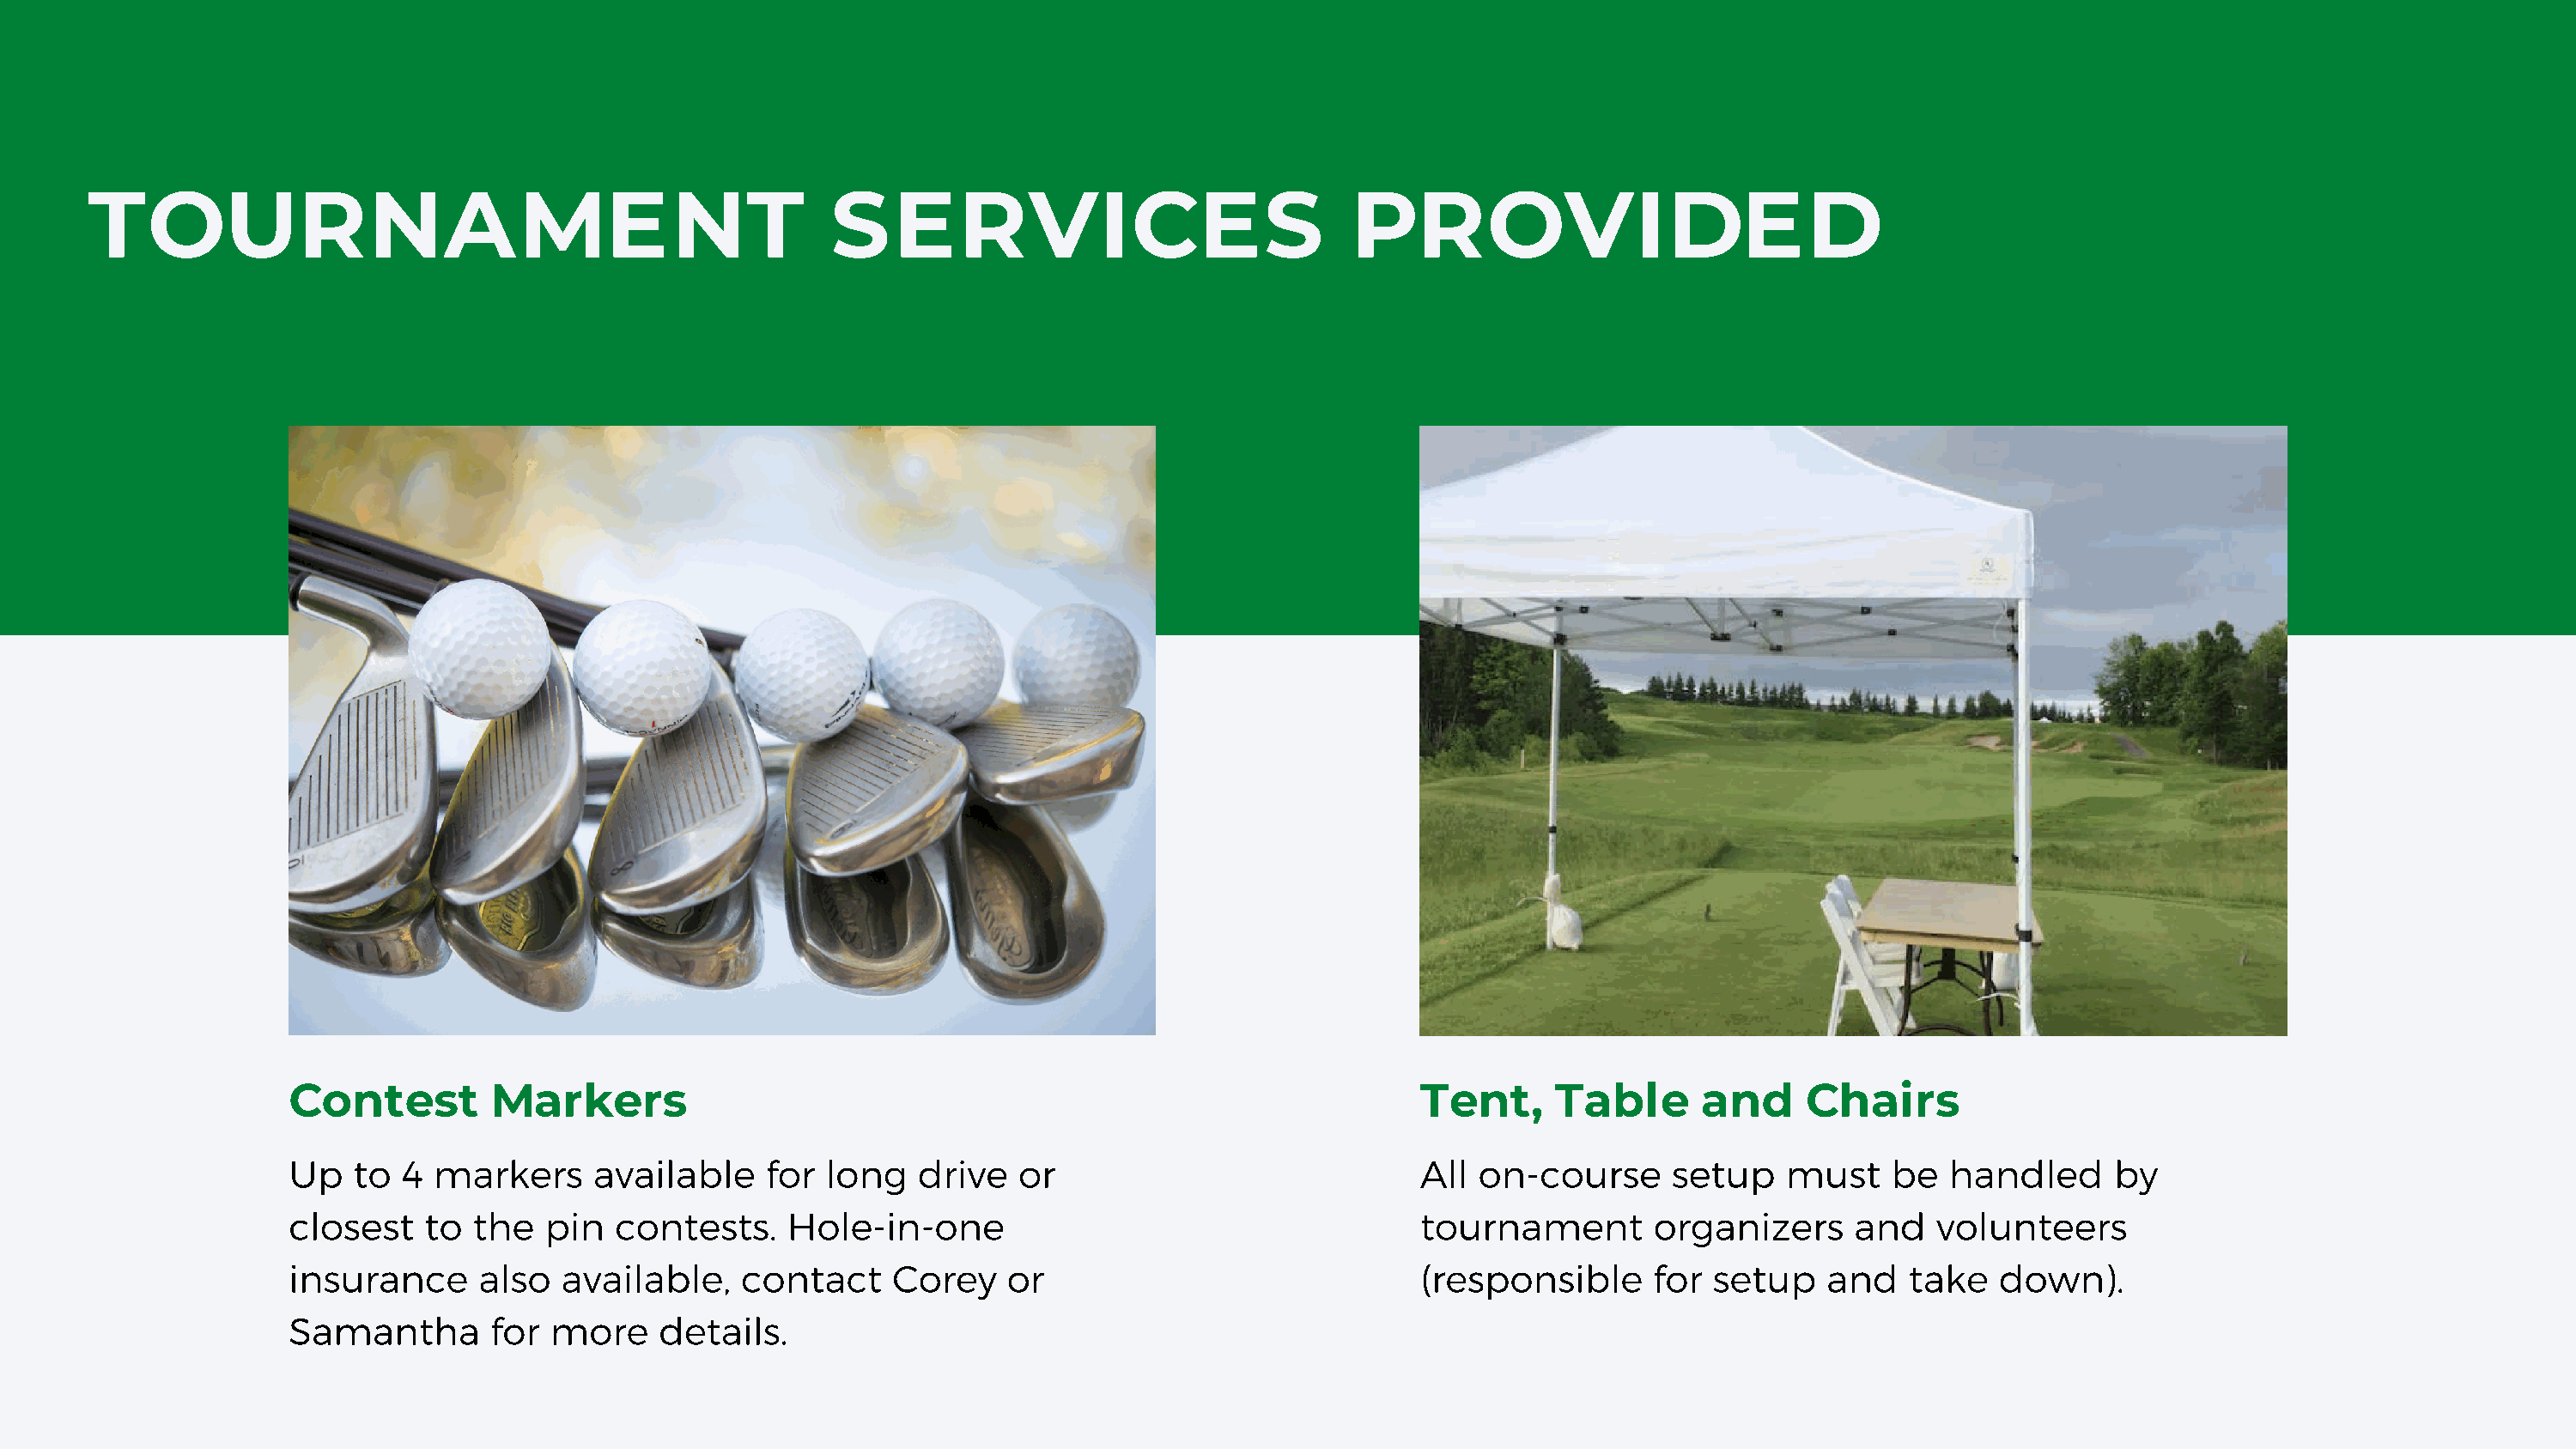
TOURNAMENT                                               SERVICES                                PROVIDED
 Contest         Markers                                                                Tent,      Table      and     Chairs
 Up   to  4 markers      available    for  long   drive   or                            All  on-course      setup    must    be  handled      by
 closest    to the   pin  contests.     Hole-in-one                                     tournament        organizers      and   volunteers
 insurance      also  available,    contact     Corey    or                             (responsible      for  setup    and   take   down).
 Samantha        for more     details.